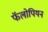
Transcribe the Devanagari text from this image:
फॅलोपियन